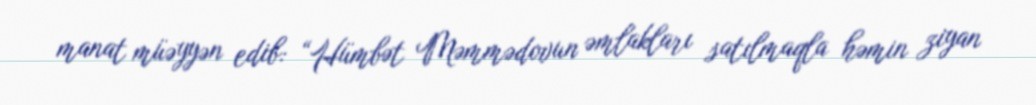
manat müəyyən edib: “Hümbət Məmmədovun əmlakları satılmaqla həmin ziyan